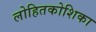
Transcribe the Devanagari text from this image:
लोहितकोशिका